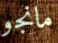
مانجو